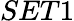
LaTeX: SET1